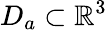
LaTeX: D_{a}\subset\mathbb{R}^{3}